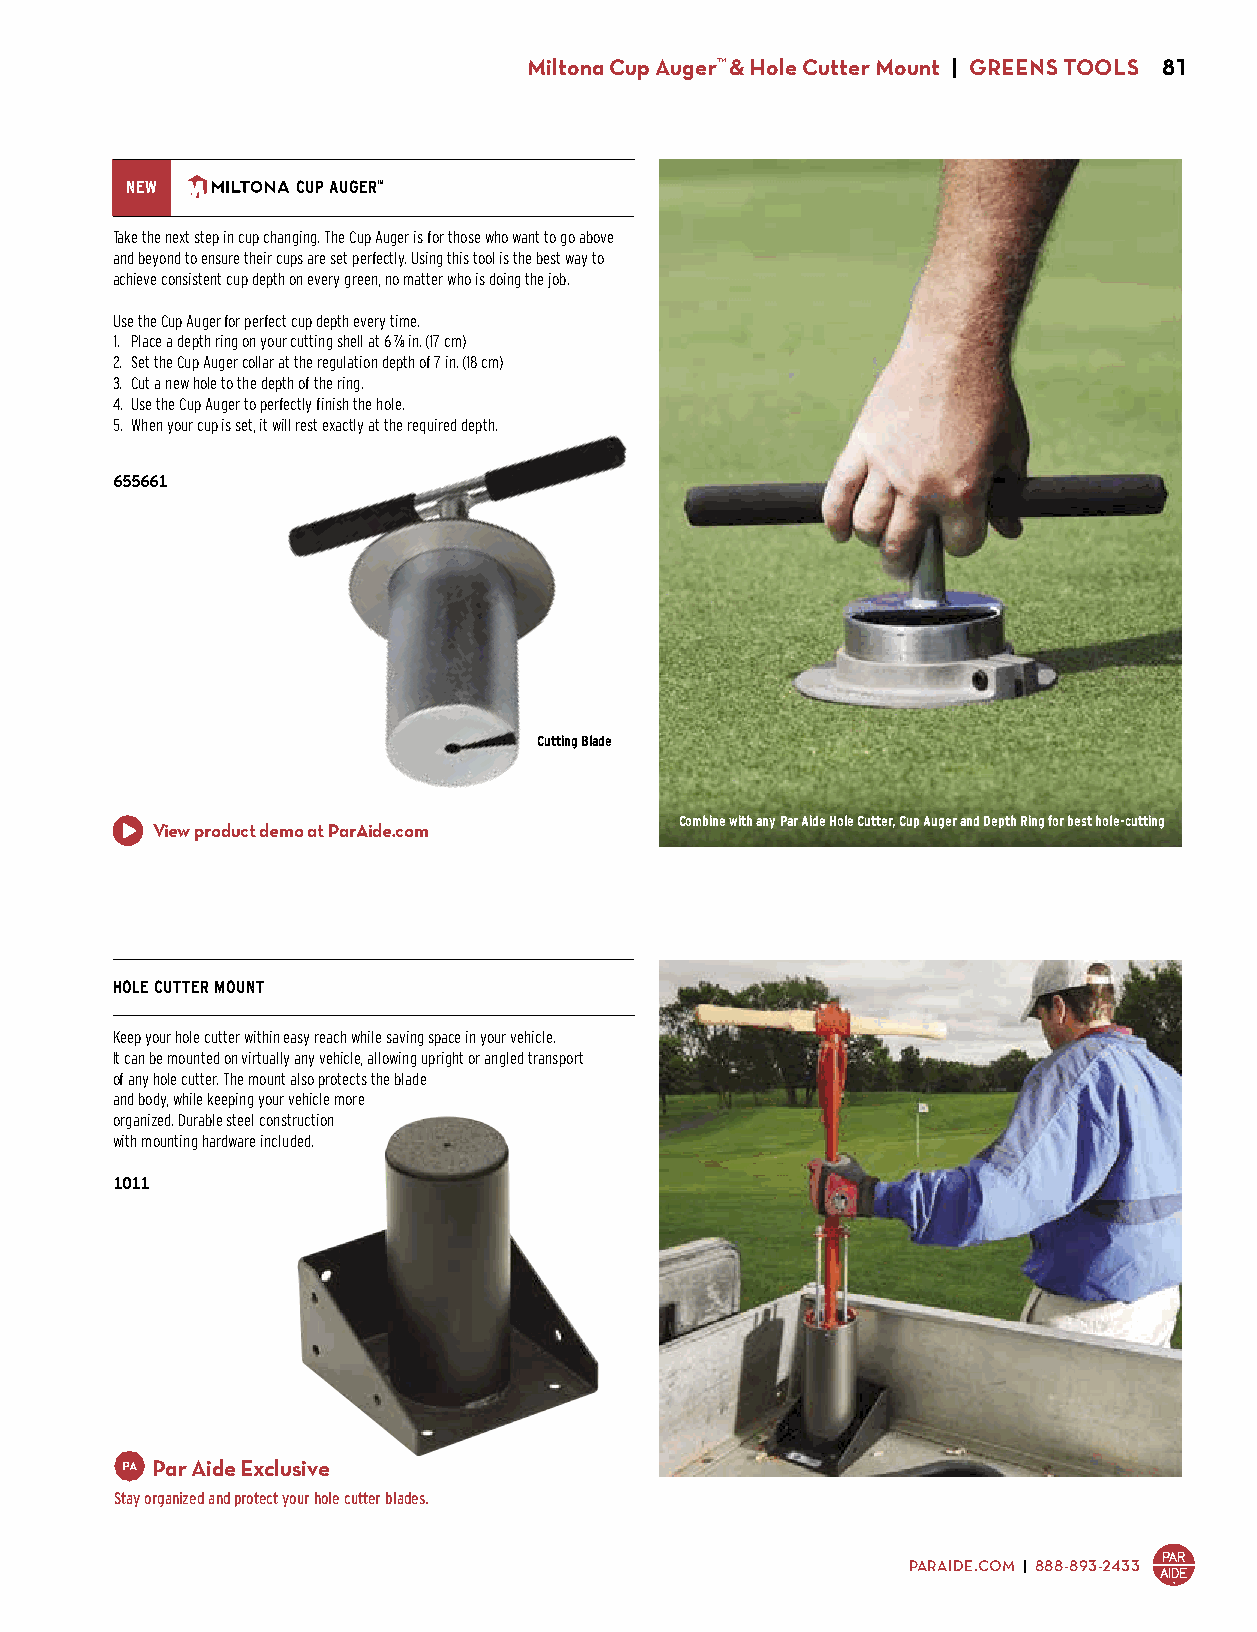
Miltona Cup Auger™ & Hole Cutter Mount | GREENS TOOLS 81
 NEW         CUP AUGER™
 Take the next step in cup changing. The Cup Auger is for those who want to go above
 and beyond to ensure their cups are set perfectly. Using this tool is the best way to
 achieve consistent cup depth on every green, no matter who is doing the job.
 Use the Cup Auger for perfect cup depth every time.
 1. Place a depth ring on your cutting shell at 6 7/8 in. (17 cm)
 2. Set the Cup Auger collar at the regulation depth of 7 in. (18 cm)
 3. Cut a new hole to the depth of the ring.
 4. Use the Cup Auger to perfectly finish the hole.
 5. When your cup is set, it will rest exactly at the required depth.
 655661
 $169.00
 Cutting Blade
 Combine with any Par Aide Hole Cutter, Cup Auger and Depth Ring for best hole-cutting
 View product demo at ParAide.com
 HOLE CUTTER MOUNT
 Keep your hole cutter within easy reach while saving space in your vehicle.
 It can be mounted on virtually any vehicle, allowing upright or angled transport
 of any hole cutter. The mount also protects the blade
 and body, while keeping your vehicle more
 organized. Durable steel construction
 with mounting hardware included.
 1011
 $105.00
 Par Aide Exclusive
 Stay organized and protect your hole cutter blades.
 PARAIDE.COM | 888-893-2433